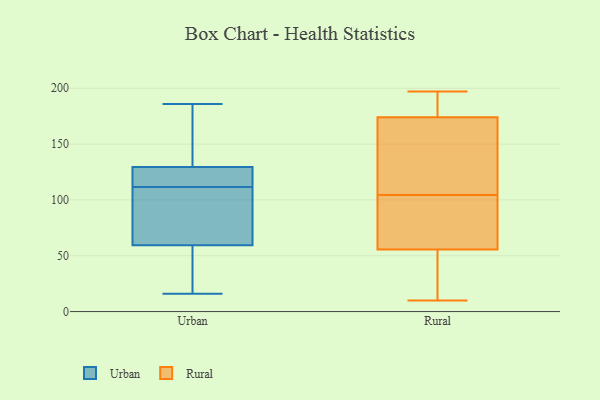
{"axis": {"x": "Page Views", "y": "Value"}, "legend": ["Rural", "Urban"], "data": [{"x": "", "y": 103, "type": "Urban"}, {"x": "", "y": 186, "type": "Urban"}, {"x": "", "y": 137, "type": "Urban"}, {"x": "", "y": 107, "type": "Urban"}, {"x": "", "y": 52, "type": "Urban"}, {"x": "", "y": 117, "type": "Urban"}, {"x": "", "y": 16, "type": "Urban"}, {"x": "", "y": 16, "type": "Urban"}, {"x": "", "y": 67, "type": "Urban"}, {"x": "", "y": 131, "type": "Urban"}, {"x": "", "y": 116, "type": "Urban"}, {"x": "", "y": 128, "type": "Urban"}, {"x": "", "y": 103, "type": "Rural"}, {"x": "", "y": 87, "type": "Rural"}, {"x": "", "y": 194, "type": "Rural"}, {"x": "", "y": 196, "type": "Rural"}, {"x": "", "y": 197, "type": "Rural"}, {"x": "", "y": 118, "type": "Rural"}, {"x": "", "y": 106, "type": "Rural"}, {"x": "", "y": 74, "type": "Rural"}, {"x": "", "y": 44, "type": "Rural"}, {"x": "", "y": 151, "type": "Rural"}, {"x": "", "y": 17, "type": "Rural"}, {"x": "", "y": 22, "type": "Rural"}, {"x": "", "y": 10, "type": "Rural"}, {"x": "", "y": 162, "type": "Rural"}, {"x": "", "y": 67, "type": "Rural"}, {"x": "", "y": 186, "type": "Rural"}]}